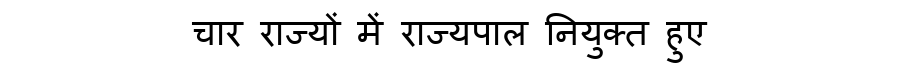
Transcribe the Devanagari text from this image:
चार राज्यों में राज्यपाल नियुक्त हुए